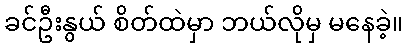
ခင်ဦးနွယ် စိတ်ထဲမှာ ဘယ်လိုမှ မနေခဲ့။